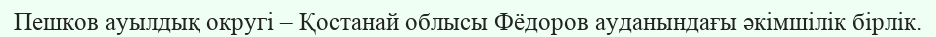
Пешков ауылдық округі – Қостанай облысы Фёдоров ауданындағы әкімшілік бірлік.